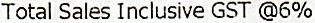
TOTAL SALES INCLUSIVE GST @6%